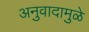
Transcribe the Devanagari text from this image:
अनुवादामुळे